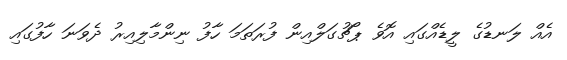
އެއް ލަނޑުގެ ލީޑެއްގައި އޮވެ ޕޯޗުގަލްއިން ފުރަތަމަ ހާފު ނިންމާލިއިރު ދެވަނަ ހާފުގައި